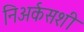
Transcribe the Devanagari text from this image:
निअर्कसशी